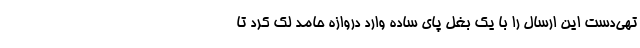
تهی‌دست این ارسال را با یک بغل پای ساده وارد دروازه حامد لک کرد تا